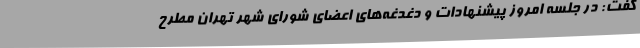
گفت: در جلسه امروز پیشنهادات و دغدغه‌های اعضای شورای شهر تهران مطرح